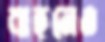
বাহনেও